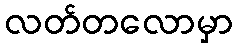
လတ်တလောမှာ